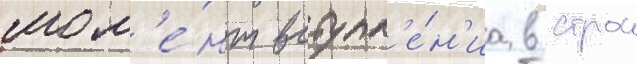
мом'е́нт вступл'е́н'иа в строи